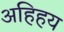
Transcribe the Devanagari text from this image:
अहिहय